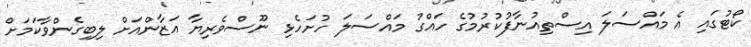
ކޯޓުގައި އެ މައްސަލަ އިސްތިއުނާފުކުރުމުގެ ހައްގު މައްސަލަ ހުށަހެޅި ނޫސްވެރިޔާ އަޒާންއަށް ލިބިގެންވާކަމަށް